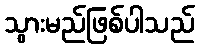
သွားမည်ဖြစ်ပါသည်